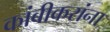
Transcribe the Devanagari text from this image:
कांबीकरांना